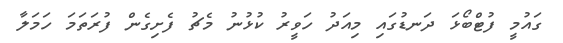
ގައުމީ ފުޓްބޯޅަ ދަނޑުގައި މިއަދު ހަވީރު ކުޅުނު މެޗު ފެށިގެން ފުރަތަމަ ހަމަލާ